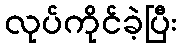
လုပ်ကိုင်ခဲ့ပြီး